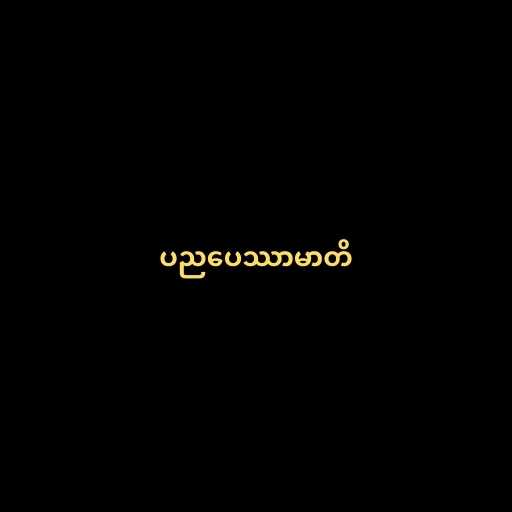
ပညပေဿာမာတိ